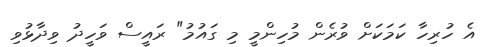
އެ ހުރިހާ ކަމަކަށް ވުރެން މުހިންމީ މި ގައުމު" ރައީސް ވަހީދު ވިދާޅުވި